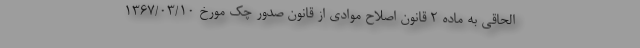
الحاقی به ماده 2 قانون اصلاح موادی از قانون صدور چک مورخ 1367/03/10